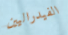
الفيدراليين